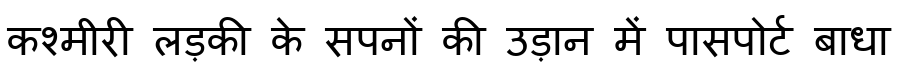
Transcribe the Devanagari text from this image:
कश्मीरी लड़की के सपनों की उड़ान में पासपोर्ट बाधा